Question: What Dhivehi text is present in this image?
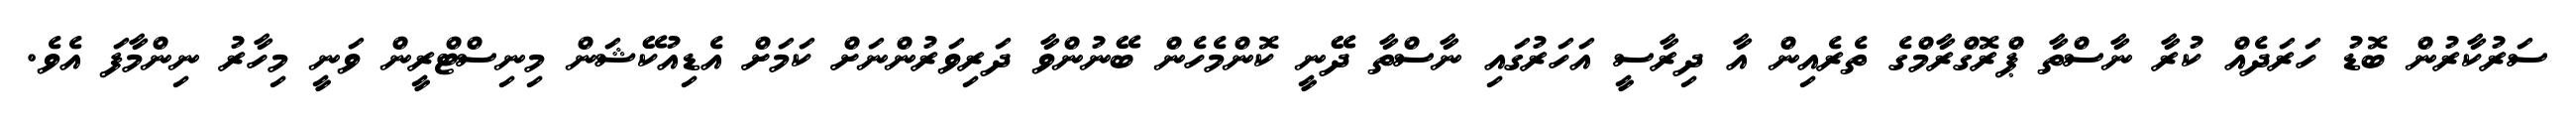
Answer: ސަރުކާރުން ބޮޑު ހަރަދެއް ކުރާ ނާސްތާ ޕްރޮގްރާމްގެ ތެރެއިން އާ ދިރާސީ އަހަރުގައި ނާސްތާ ދޭނީ ކޮންމެހެން ބޭނުންވާ ދަރިވަރުންނަށް ކަމަށް އެޑިއުކޭޝަން މިނިސްޓްރީން ވަނީ މިހާރު ނިންމާފަ އެވެ.